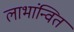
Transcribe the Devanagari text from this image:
लाभांन्वित